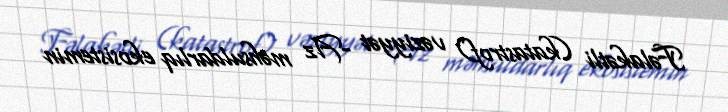
Fəlakətli (katastrof) vəziyyət -Az məhsuldarlıq ekosistemin